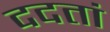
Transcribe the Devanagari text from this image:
ददतां